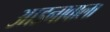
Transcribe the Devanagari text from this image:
आडनावाला